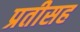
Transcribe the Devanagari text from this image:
प्रतीसह